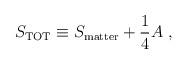
LaTeX: \begin{align*} S_{\rm TOT} \equiv S_{\rm matter} + \frac{1}{4}A \ ,\end{align*}